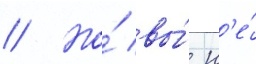
// Но́ вы́ н'е́